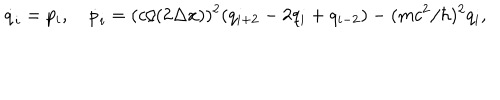
\dot { q } _ { i } = p _ { i } , \quad \dot { p } _ { i } = ( c / ( 2 \Delta x ) ) ^ { 2 } ( q _ { i + 2 } - 2 q _ { i } + q _ { i - 2 } ) - ( m c ^ { 2 } / \hbar ) ^ { 2 } q _ { i } ,